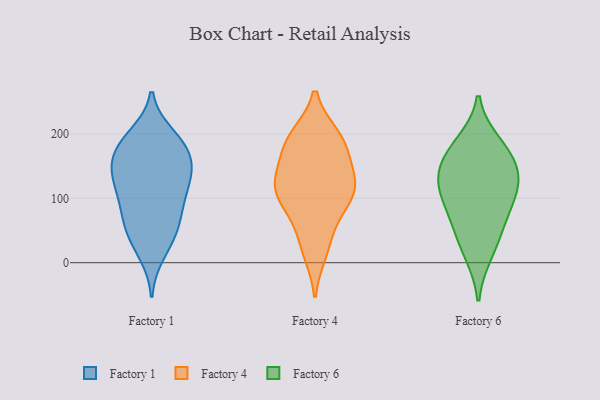
{"axis": {"x": "Satisfaction Score", "y": "Value"}, "legend": ["Factory 1", "Factory 4", "Factory 6"], "data": [{"x": "", "y": 55, "type": "Factory 1"}, {"x": "", "y": 91, "type": "Factory 1"}, {"x": "", "y": 176, "type": "Factory 1"}, {"x": "", "y": 84, "type": "Factory 1"}, {"x": "", "y": 52, "type": "Factory 1"}, {"x": "", "y": 64, "type": "Factory 1"}, {"x": "", "y": 191, "type": "Factory 1"}, {"x": "", "y": 126, "type": "Factory 1"}, {"x": "", "y": 152, "type": "Factory 1"}, {"x": "", "y": 198, "type": "Factory 1"}, {"x": "", "y": 153, "type": "Factory 1"}, {"x": "", "y": 187, "type": "Factory 1"}, {"x": "", "y": 144, "type": "Factory 1"}, {"x": "", "y": 174, "type": "Factory 1"}, {"x": "", "y": 110, "type": "Factory 1"}, {"x": "", "y": 119, "type": "Factory 1"}, {"x": "", "y": 14, "type": "Factory 1"}, {"x": "", "y": 31, "type": "Factory 1"}, {"x": "", "y": 136, "type": "Factory 1"}, {"x": "", "y": 193, "type": "Factory 4"}, {"x": "", "y": 191, "type": "Factory 4"}, {"x": "", "y": 111, "type": "Factory 4"}, {"x": "", "y": 83, "type": "Factory 4"}, {"x": "", "y": 163, "type": "Factory 4"}, {"x": "", "y": 132, "type": "Factory 4"}, {"x": "", "y": 17, "type": "Factory 4"}, {"x": "", "y": 29, "type": "Factory 4"}, {"x": "", "y": 72, "type": "Factory 4"}, {"x": "", "y": 132, "type": "Factory 4"}, {"x": "", "y": 196, "type": "Factory 4"}, {"x": "", "y": 183, "type": "Factory 4"}, {"x": "", "y": 113, "type": "Factory 4"}, {"x": "", "y": 113, "type": "Factory 4"}, {"x": "", "y": 116, "type": "Factory 4"}, {"x": "", "y": 72, "type": "Factory 6"}, {"x": "", "y": 122, "type": "Factory 6"}, {"x": "", "y": 158, "type": "Factory 6"}, {"x": "", "y": 95, "type": "Factory 6"}, {"x": "", "y": 45, "type": "Factory 6"}, {"x": "", "y": 118, "type": "Factory 6"}, {"x": "", "y": 185, "type": "Factory 6"}, {"x": "", "y": 171, "type": "Factory 6"}, {"x": "", "y": 15, "type": "Factory 6"}, {"x": "", "y": 133, "type": "Factory 6"}]}